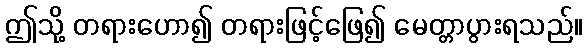
ဤသို့ တရားဟော၍ တရားဖြင့်ဖြေ၍ မေတ္တာပွားရသည်။